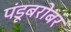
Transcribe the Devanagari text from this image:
पंडूबरोबर